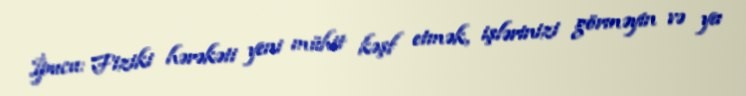
İpucu: Fiziki hərəkəti yeni mühit kəşf etmək, işlərinizi görməyin və ya